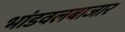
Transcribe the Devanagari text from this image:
भांडवलबाजार